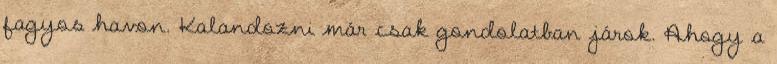
fagyos havon. Kalandozni már csak gondolatban járok. Ahogy a